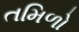
તમિળો